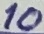
Text: 10